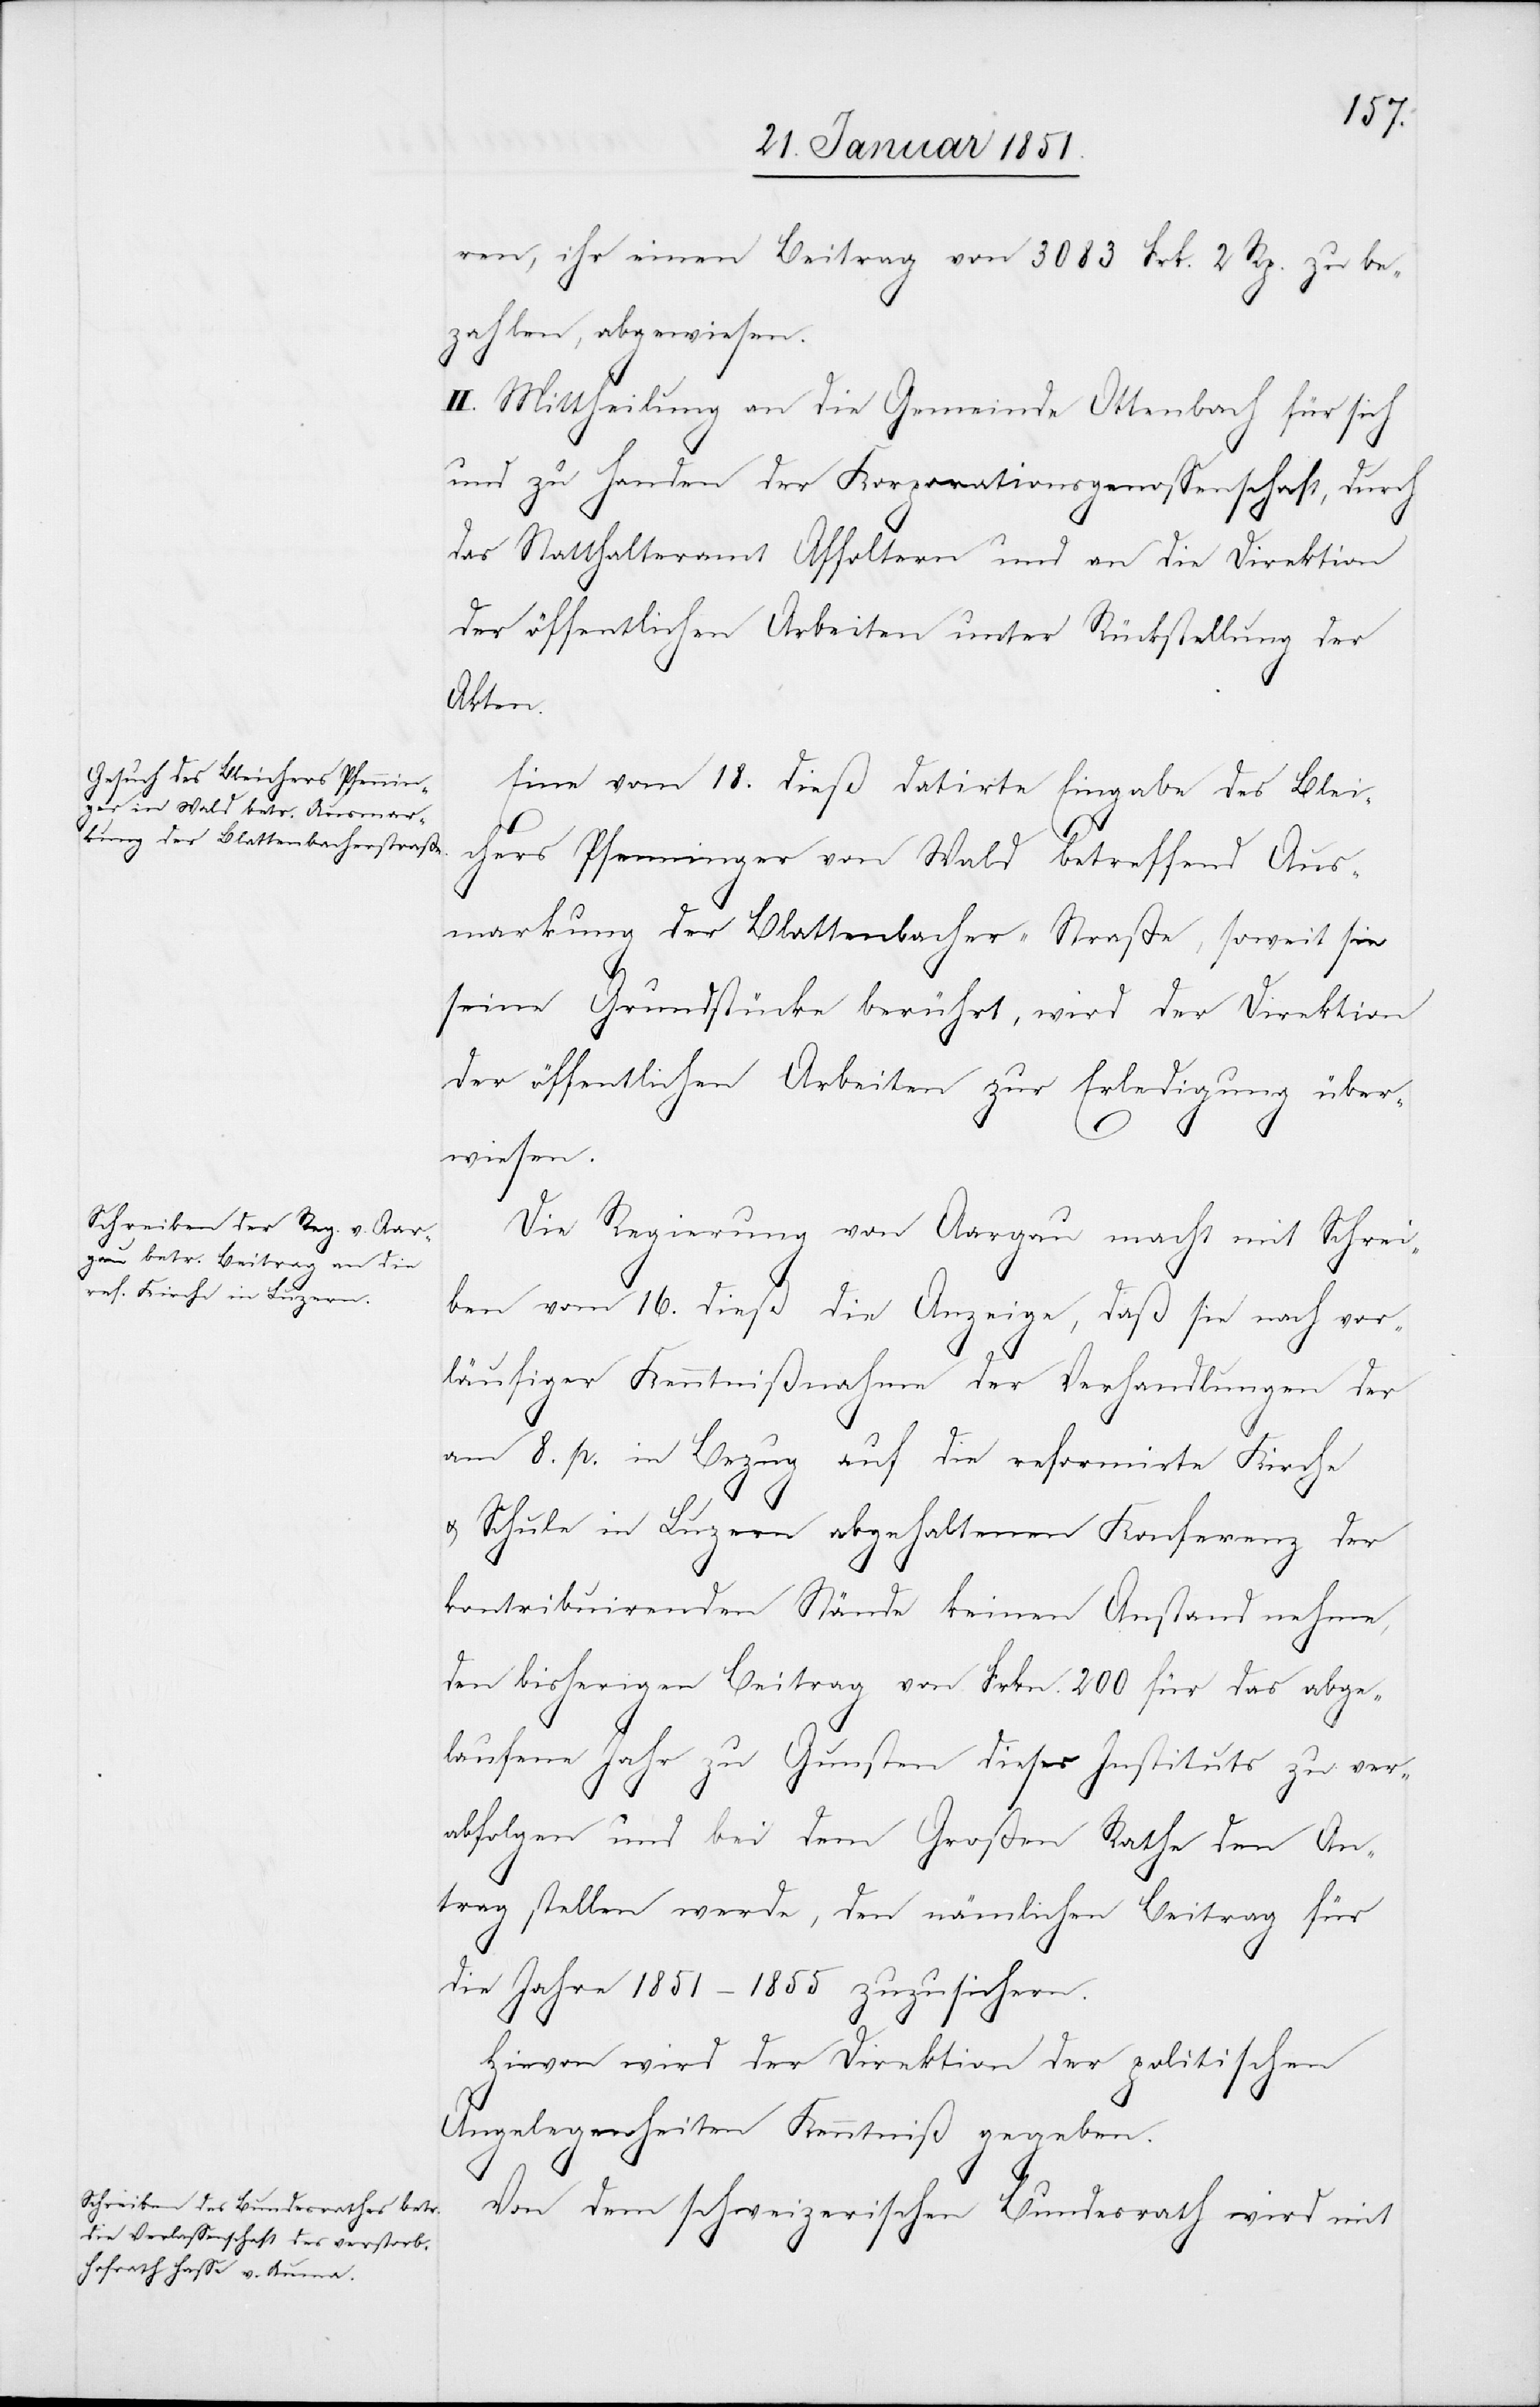
ren, ihr einen Beitrag von 3083 Frk. 2 Rp. zu be¬
zahlen, abgewiesen.
II. Mittheilung an die Gemeinde Ottenbach für sich
und zu Handen der Korporationsgenossenschaft, durch
das Statthalteramt Affoltern und an die Direktion
der öffentlichen Arbeiten unter Rückstellung der
Akten.
Eine vom 18. dieß datirte Eingabe des Blei¬
chers Pfenninger von Wald betreffend Aus¬
markung der Blattenbacher-Straße, soweit sie
seine Grundstücke berührt, wird der Direktion
der öffentlichen Arbeiten zur Erledigung über¬
wiesen.
Die Regierung von Aargau macht mit Schrei¬
ben vom 16. dieß die Anzeige, daß sie nach vor¬
läufiger Kenntnißnahme der Verhandlungen der
am 8. p. in Bezug auf die reformirte Kirche
u. Schule in Luzern abgehaltenen Konferenz der
kontribuirenden Stände keinen Anstand nehme,
den bisherigen Beitrag von Frkn. 200 für das abge¬
laufene Jahr zu Gunsten dieses Instituts zu ver¬
abfolgen und bei dem Großen Rathe den An¬
trag stellen werde, den nämlichen Beitrag für
die Jahre 1851–1855 zuzusichern.
Hievon wird der Direktion der politischen
Angelegenheiten Kenntniß gegeben.
Von dem schweizerischen Bundesrath wird mit